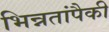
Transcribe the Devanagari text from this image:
भिन्नतांपैकी